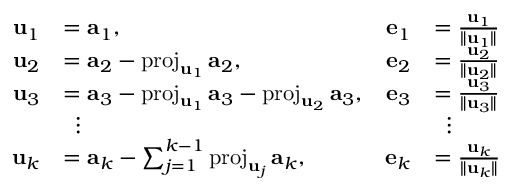
{ \begin{array} { r l r l } { \mathbf { u } _ { 1 } } & { = \mathbf { a } _ { 1 } , } & { \mathbf { e } _ { 1 } } & { = { \frac { \mathbf { u } _ { 1 } } { \| \mathbf { u } _ { 1 } \| } } } \\ { \mathbf { u } _ { 2 } } & { = \mathbf { a } _ { 2 } - \operatorname { p r o j } _ { \mathbf { u } _ { 1 } } \mathbf { a } _ { 2 } , } & { \mathbf { e } _ { 2 } } & { = { \frac { \mathbf { u } _ { 2 } } { \| \mathbf { u } _ { 2 } \| } } } \\ { \mathbf { u } _ { 3 } } & { = \mathbf { a } _ { 3 } - \operatorname { p r o j } _ { \mathbf { u } _ { 1 } } \mathbf { a } _ { 3 } - \operatorname { p r o j } _ { \mathbf { u } _ { 2 } } \mathbf { a } _ { 3 } , } & { \mathbf { e } _ { 3 } } & { = { \frac { \mathbf { u } _ { 3 } } { \| \mathbf { u } _ { 3 } \| } } } \\ & { \; \; \vdots } & & { \; \; \vdots } \\ { \mathbf { u } _ { k } } & { = \mathbf { a } _ { k } - \sum _ { j = 1 } ^ { k - 1 } \operatorname { p r o j } _ { \mathbf { u } _ { j } } \mathbf { a } _ { k } , } & { \mathbf { e } _ { k } } & { = { \frac { \mathbf { u } _ { k } } { \| \mathbf { u } _ { k } \| } } } \end{array} }